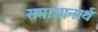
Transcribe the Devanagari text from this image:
समाधानार्थ